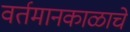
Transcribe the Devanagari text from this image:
वर्तमानकाळाचे